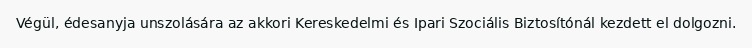
Végül, édesanyja unszolására az akkori Kereskedelmi és Ipari Szociális Biztosítónál kezdett el dolgozni.